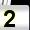
Digit: 2